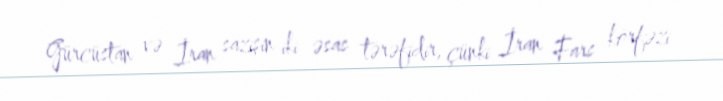
Gürcüstan və İran sazişin iki əsas tərəfidir, çünki İran Fars körfəzi